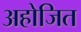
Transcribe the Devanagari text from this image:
अहोजित